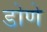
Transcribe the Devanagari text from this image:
डोणे